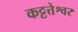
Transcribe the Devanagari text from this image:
कट्टत्तेश्वर